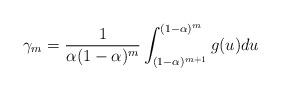
LaTeX: \begin{align*}\gamma_{m}=\frac{1}{\alpha(1-\alpha)^{m}}\int_{(1-\alpha)^{m+1}}^{(1-\alpha)^{m}}g(u)du\end{align*}